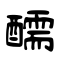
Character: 醹